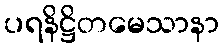
ပရနိဋ္ဌိတမေသာနာ